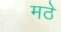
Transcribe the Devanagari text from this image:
मठे